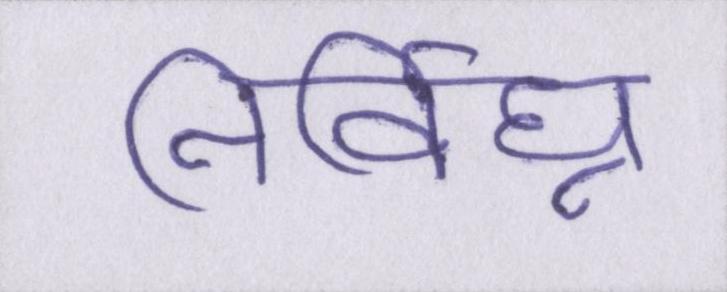
निर्विघ्न